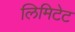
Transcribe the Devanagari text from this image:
लिमिटेट